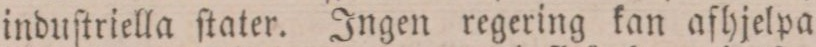
induſtriella ſtater. Ingen regering kan afhjelpa